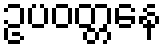
ဥပဝတ္တနေ